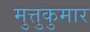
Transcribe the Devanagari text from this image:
मुत्तुकुमार